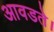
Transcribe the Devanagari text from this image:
आवडते।